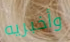
وأخبريه